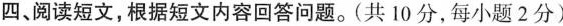
四、阅读短文,根据短文内容回答问题.(共 10 分,每小题2分)